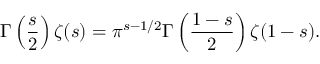
\Gamma \left( { \frac { s } { 2 } } \right) \zeta ( s ) = \pi ^ { s - 1 / 2 } \Gamma \left( { \frac { 1 - s } { 2 } } \right) \zeta ( 1 - s ) .